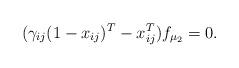
LaTeX: \begin{align*}(\gamma_{ij} (1-x_{ij})^T - x_{ij}^T) f_{\mu_2} = 0.\end{align*}